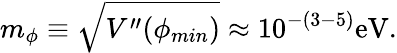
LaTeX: m_{\phi}\equiv\sqrt{V^{\prime\prime}(\phi_{min})}\approx 10^{-(3-5)}\mathrm{eV}.